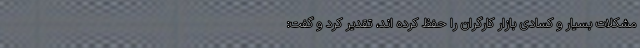
مشکلات بسیار و کسادی بازار کارگران را حفظ کرده اند، تقدیر کرد و گفت: